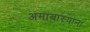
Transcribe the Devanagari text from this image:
अमावास्यांना